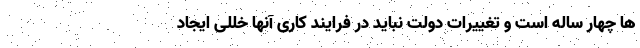
ها چهار ساله است و تغییرات دولت نباید در فرایند کاری آنها خللی ایجاد